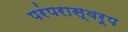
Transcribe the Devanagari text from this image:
परंपरास्वरूप